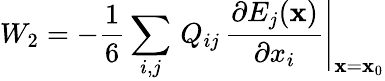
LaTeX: W_{2}=-\frac{1}{6}\sum_{i,j}\, Q_{ij}\, \left.\frac{\partial E_{j}({\mathbf{x}})}{\partial x_{i}}\right|_{{\mathbf{x}}={\mathbf{x}}_{0}}